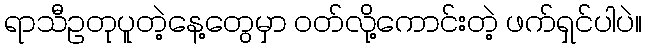
ရာသီဥတုပူတဲ့နေ့တွေမှာ ဝတ်လို့ကောင်းတဲ့ ဖက်ရှင်ပါပဲ။